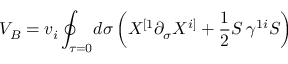
V _ { B } = v _ { i } \oint _ { \tau = 0 } \! d \sigma \left( X ^ { [ 1 } \partial _ { \sigma } X ^ { i ] } + \frac { 1 } { 2 } S \, \gamma ^ { 1 i } S \right)